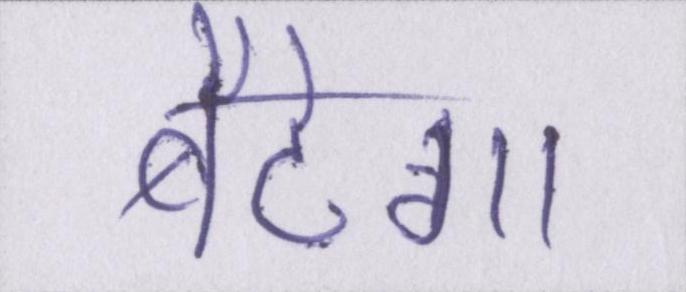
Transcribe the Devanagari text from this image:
बैठेगा